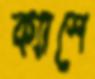
ক্যাশে